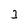
Character: 3